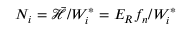
{ N _ { i } } = { \mathcal { \bar { H } } } / { W _ { i } ^ { * } } = { E _ { R } { f _ { n } } } / { W _ { i } ^ { * } }